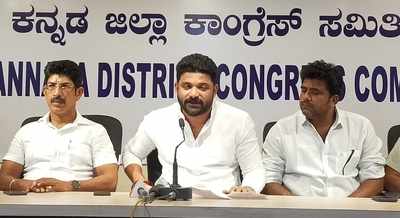
Language: kannada
Transcription: ಜಿಲ್ಲಾ ಕಾಂಗ್ರೆಸ್ ಸಮಿತಿ ಕನ್ನಡ